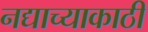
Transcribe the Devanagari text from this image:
नद्याच्याकाठी